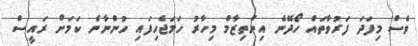
ވެސް މިފަދަ ފަރުވާތައް ހޯދޭނެ އިންތިޒާމް މިހާރު ހަމަޖެހިފައި ހުންނާނެ ކަމަށް ރައީސް